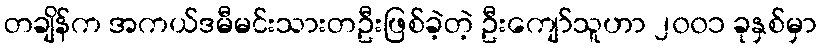
တချိန်က အကယ်ဒမီမင်းသားတဦးဖြစ်ခဲ့တဲ့ ဦးကျော်သူဟာ ၂၀၀၁ ခုနှစ်မှာ